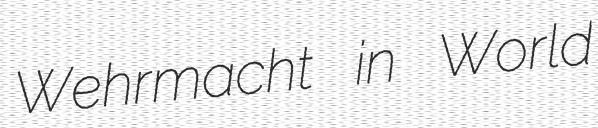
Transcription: Wehrmacht in World